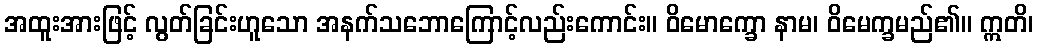
အထူးအားဖြင့် လွတ်ခြင်းဟူသော အနက်သဘောကြောင့်လည်းကောင်း။ ဝိမောက္ခော နာမ၊ ဝိမေက္ခမည်၏။ ဣတိ၊